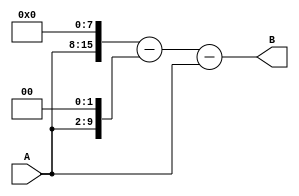
module mul_251 (
	input [7:0] A ,
	
	output wire [15:0] B 
);
	// 1111_1011 = 1_0000_0000 - 1 - 0100
	assign B = (A << 8) - (A << 2) - A;
	
endmodule